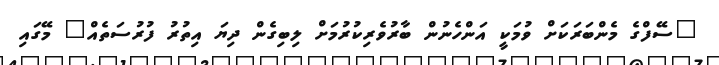
"ސޭފްގެ މެންބަރަކަށް ވުމަކީ އަންހެނުން ބާރުވެރިކުރުމަށް ލިބިގެން ދިޔަ އިތުރު ފުރުސަތެއް" މޭގައި